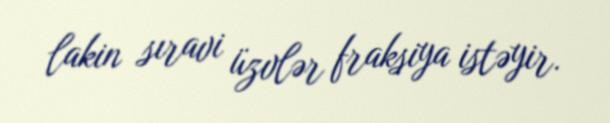
lakin sıravi üzvlər fraksiya istəyir.